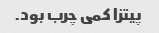
پیتزا کمی چرب بود.